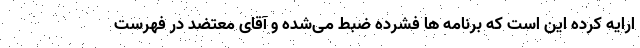
ارایه کرده این است که برنامه ها فشرده ضبط می‌شده و آقای معتضد در فهرست